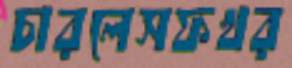
চারলেসফখর